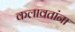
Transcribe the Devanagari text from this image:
कलावतांना